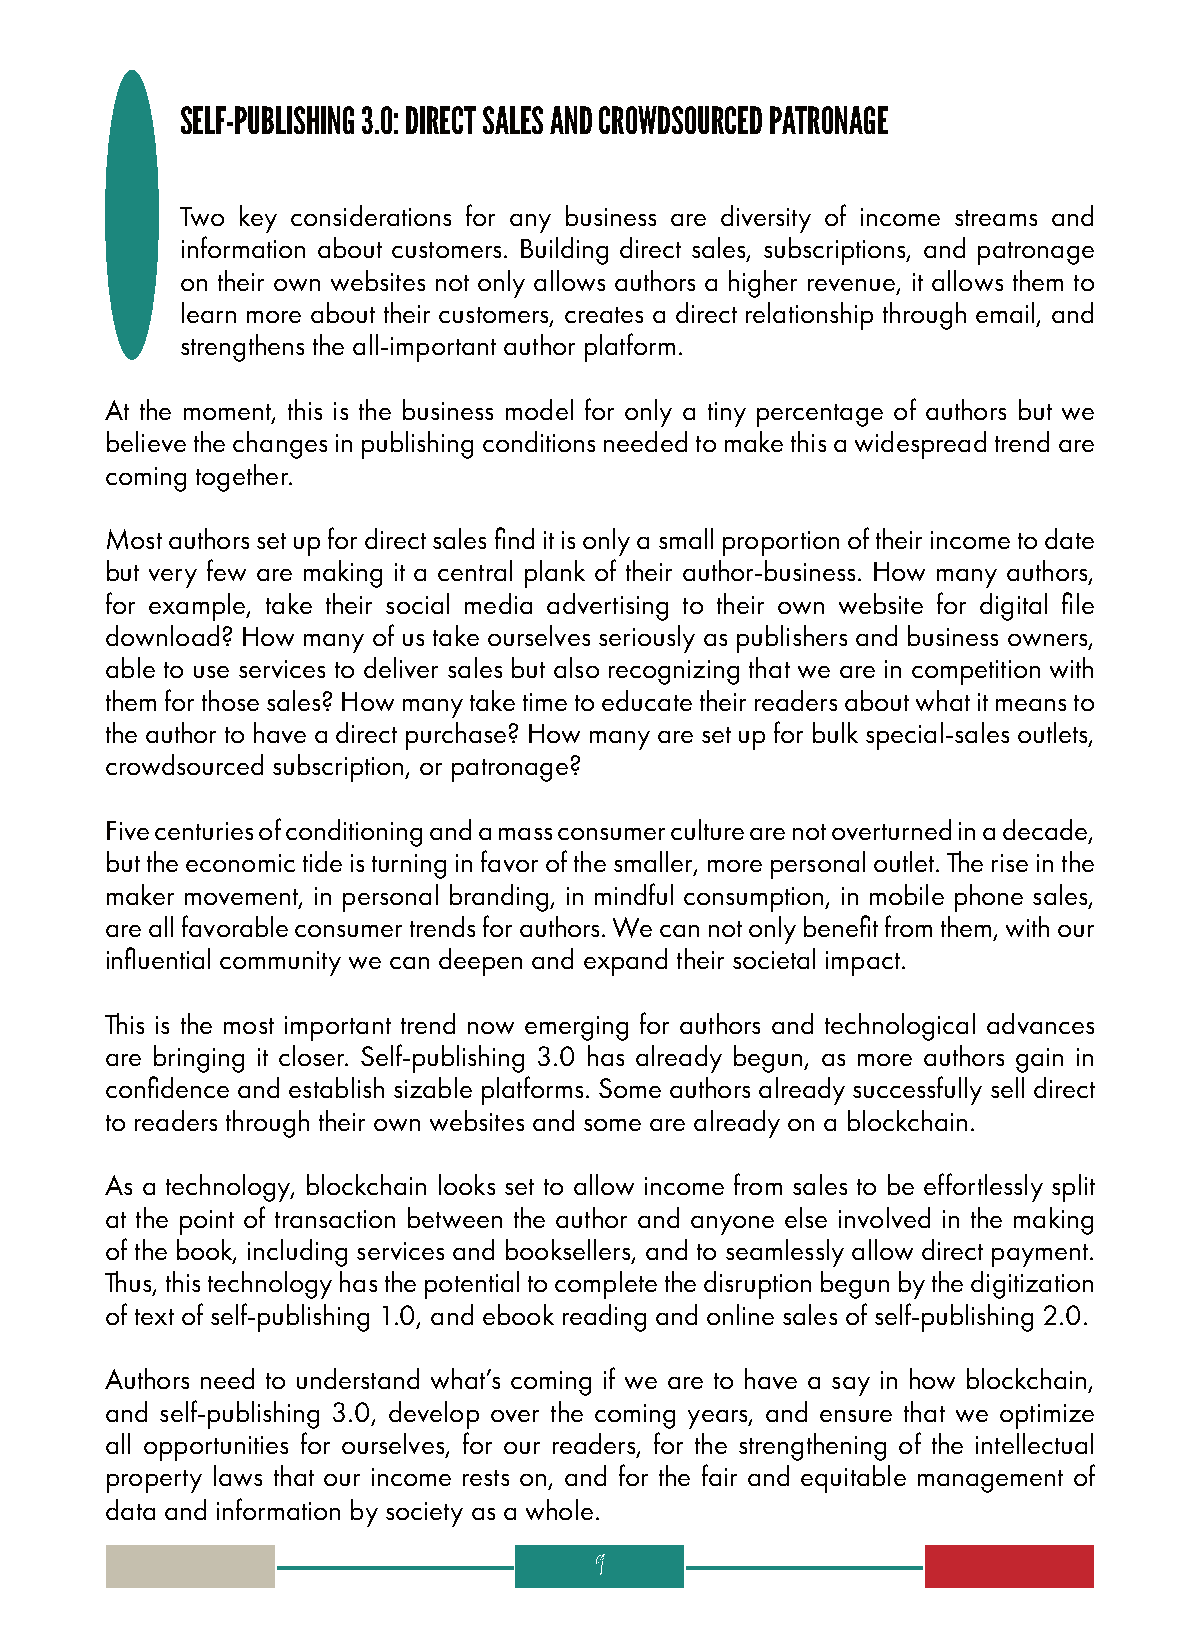
SELF-PUBLISHING 3.0: DIRECT SALES AND CROWDSOURCED PATRONAGE
 Two key considerations for any business are diversity of income streams and
 information about customers. Building direct sales, subscriptions, and patronage
 on their own websites not only allows authors a higher revenue, it allows them to
 learn more about their customers, creates a direct relationship through email, and
 strengthens the all-important author platform.
 At the moment, this is the business model for only a tiny percentage of authors but we
 believe the changes in publishing conditions needed to make this a widespread trend are
 coming together.
 Most authors set up for direct sales find it is only a small proportion of their income to date
 but very few are making it a central plank of their author-business. How many authors,
 for example, take their social media advertising to their own website for digital file
 download? How many of us take ourselves seriously as publishers and business owners,
 able to use services to deliver sales but also recognizing that we are in competition with
 them for those sales? How many take time to educate their readers about what it means to
 the author to have a direct purchase? How many are set up for bulk special-sales outlets,
 crowdsourced subscription, or patronage?
 Five centuries of conditioning and a mass consumer culture are not overturned in a decade,
 but the economic tide is turning in favor of the smaller, more personal outlet. The rise in the
 maker movement, in personal branding, in mindful consumption, in mobile phone sales,
 are all favorable consumer trends for authors. We can not only benefit from them, with our
 influential community we can deepen and expand their societal impact.
 This is the most important trend now emerging for authors and technological advances
 are bringing it closer. Self-publishing 3.0 has already begun, as more authors gain in
 confidence and establish sizable platforms. Some authors already successfully sell direct
 to readers through their own websites and some are already on a blockchain.
 As a technology, blockchain looks set to allow income from sales to be effortlessly split
 at the point of transaction between the author and anyone else involved in the making
 of the book, including services and booksellers, and to seamlessly allow direct payment.
 Thus, this technology has the potential to complete the disruption begun by the digitization
 of text of self-publishing 1.0, and ebook reading and online sales of self-publishing 2.0.
 Authors need to understand what’s coming if we are to have a say in how blockchain,
 and self-publishing 3.0, develop over the coming years, and ensure that we optimize
 all opportunities for ourselves, for our readers, for the strengthening of the intellectual
 property laws that our income rests on, and for the fair and equitable management of
 data and information by society as a whole.
 9